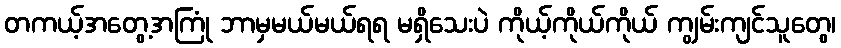
တကယ့်အတွေ့အကြုံ ဘာမှမယ်မယ်ရရ မရှိသေးပဲ ကိုယ့်ကိုယ်ကိုယ် ကျွမ်းကျင်သူတွေ၊